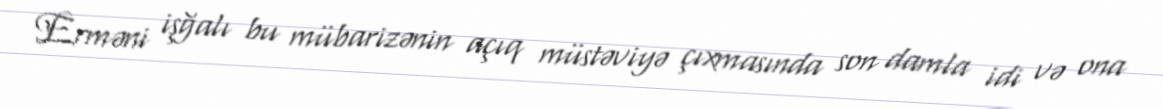
Erməni işğalı bu mübarizənin açıq müstəviyə çıxmasında son damla idi və ona